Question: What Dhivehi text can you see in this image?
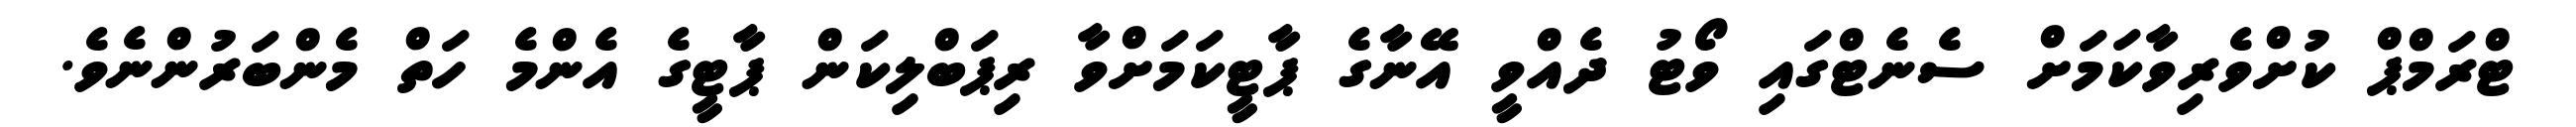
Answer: ޓްރަމްޕް ކުށްވެރިވާކަމަށް ސެނެޓްގައި ވޯޓު ދެއްވީ އޭނާގެ ޕާޓީކަމަށްވާ ރިޕަބްލިކަން ޕާޓީގެ އެންމެ ހަތް މެންބަރުންނެވެ.